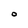
Character: O